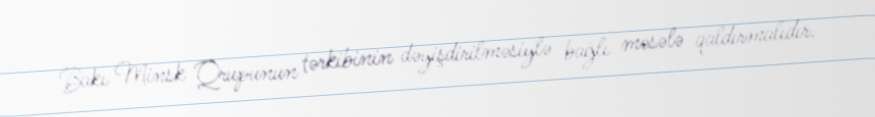
Bakı Minsk Qrupunun tərkibinin dəyişdirilməsiylə bağlı məsələ qaldırmalıdır.